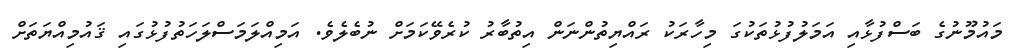
މައުމޫނުގެ ބަސްފުޅާއި އަމަލުފުޅުތަކުގަ މިހާރަކު ރައްޔިތުންނަން އިތުބާރު ކުރެވޭކަމަށް ނުބެލެވެ. އަމިއްލަމަސްލަހަތުފުޅުގައި ޤައުމިއްޔަތަށް